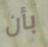
بأن